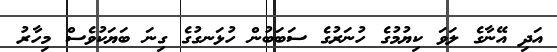
އަދި އޭނާގެ ލަވަ ކިޔުމުގެ ހުނަރުގެ ސަބަބުން ހުޅަނގުގެ ގިނަ ބަޔަކުވެސް މިހާރު